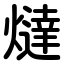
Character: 燵